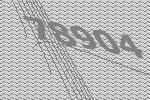
78904